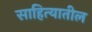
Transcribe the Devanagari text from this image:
साहित्‍यातील